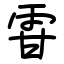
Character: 雸